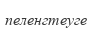
пеленгтеуге